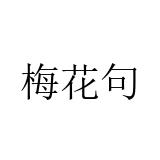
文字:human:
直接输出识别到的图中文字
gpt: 梅花句